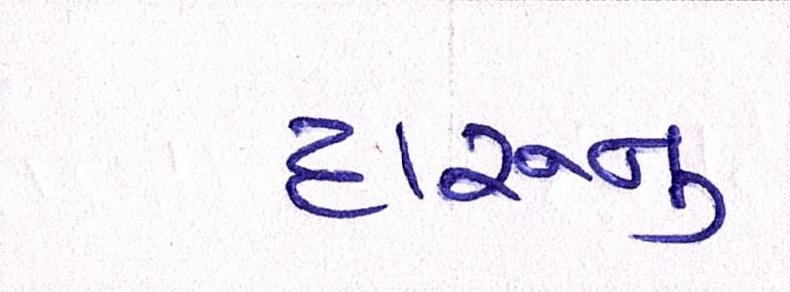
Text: દારૂનુ